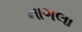
નાગલા